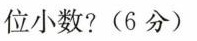
位小数?(6分)